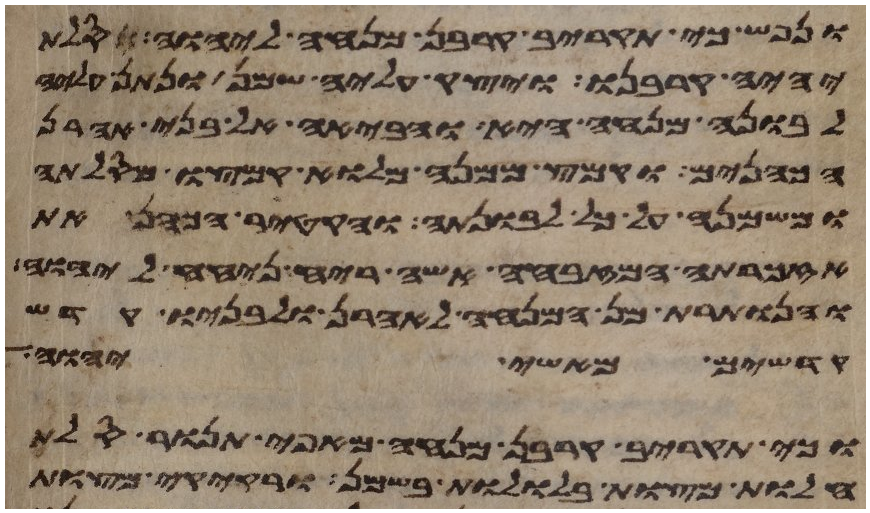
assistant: ונפש כי תקריב קרבן מנחה ליהוה סלת
יהיה קרבנו ויצק עליה שמן ונתן עליה
לבונה מנחה היא והביאה אל בני אהרן
הכהנים וקמץ ממנה מלוא קמצו מסלתה
ומשמנה על כל לבונתה והקטיר הכהן את
אזכרתה המזבחה אשה ריח ניחח ליהוה
והנותרת מן המנחה לאהרן ולבניו קדש
קדשים מאשי יהוה
וכי תקריב קרבן מנחה מאפה תנור סלת
חלות מצות בללות בשמן ורקיקי מצות